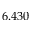
6 . 4 3 0